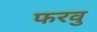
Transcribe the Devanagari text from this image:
फरवु